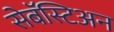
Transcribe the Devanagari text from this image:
सेबॅस्टिअन